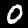
Label: 0